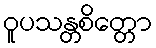
ဝူပသန္တစိတ္တော